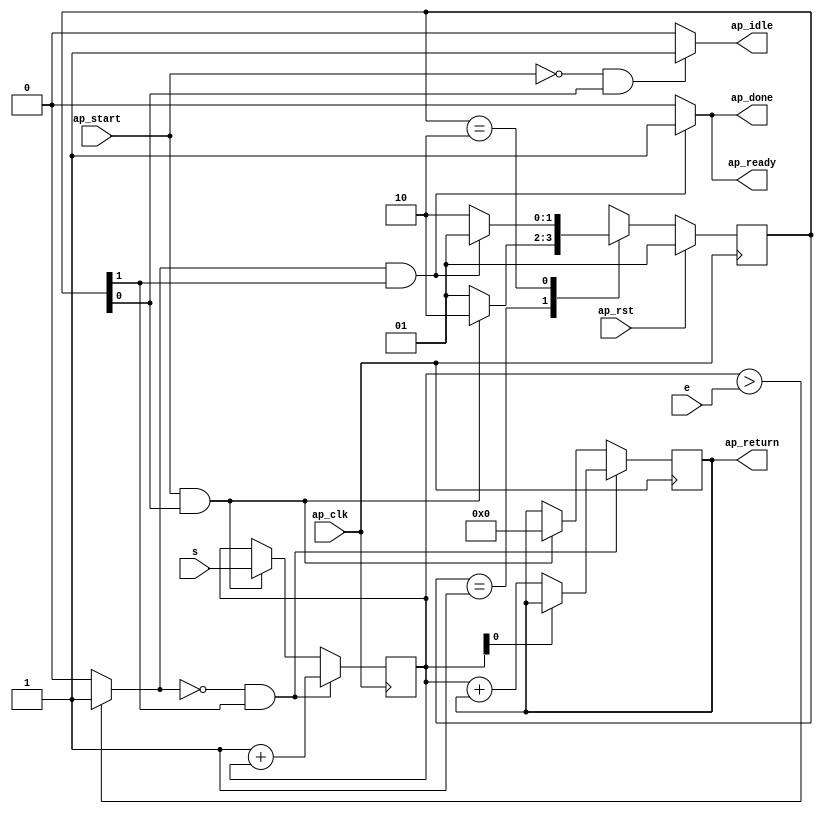
module even_odd (
        ap_clk,
        ap_rst,
        ap_start,
        ap_done,
        ap_idle,
        ap_ready,
        s,
        e,
        ap_return
);

parameter    ap_ST_fsm_state1 = 2'd1;
parameter    ap_ST_fsm_state2 = 2'd2;

input   ap_clk;
input   ap_rst;
input   ap_start;
output   ap_done;
output   ap_idle;
output   ap_ready;
input  [31:0] s;
input  [31:0] e;
output  [31:0] ap_return;

reg ap_done;
reg ap_idle;
reg ap_ready;

(* fsm_encoding = "none" *) reg   [1:0] ap_CS_fsm;
wire    ap_CS_fsm_state1;
wire   [31:0] evensum_1_fu_63_p3;
wire    ap_CS_fsm_state2;
wire   [0:0] tmp_fu_48_p2;
wire   [31:0] i_1_fu_71_p2;
reg   [31:0] i_reg_28;
reg   [31:0] evensum_reg_37;
wire   [0:0] tmp_1_fu_59_p1;
wire   [0:0] tmp_1_fu_59_p1_temp;
wire   [31:0] evensum_2_fu_53_p2;
reg   [1:0] ap_NS_fsm;

// power-on initialization
initial begin
#0 ap_CS_fsm = 2'd1;
end

always @ (posedge ap_clk) begin
    if (ap_rst == 1'b1) begin
        ap_CS_fsm <= ap_ST_fsm_state1;
    end else begin
        ap_CS_fsm <= ap_NS_fsm;
    end
end

always @ (posedge ap_clk) begin
    if (((tmp_fu_48_p2 == 1'd0) & (1'b1 == ap_CS_fsm_state2))) begin
        evensum_reg_37 <= evensum_1_fu_63_p3;
    end else if (((ap_start == 1'b1) & (1'b1 == ap_CS_fsm_state1))) begin
        evensum_reg_37 <= 32'd0;
    end
end

always @ (posedge ap_clk) begin
    if (((tmp_fu_48_p2 == 1'd0) & (1'b1 == ap_CS_fsm_state2))) begin
        i_reg_28 <= i_1_fu_71_p2;
    end else if (((ap_start == 1'b1) & (1'b1 == ap_CS_fsm_state1))) begin
        i_reg_28 <= s;
    end
end

always @ (*) begin
    if (((tmp_fu_48_p2 == 1'd1) & (1'b1 == ap_CS_fsm_state2))) begin
        ap_done = 1'b1;
    end else begin
        ap_done = 1'b0;
    end
end

always @ (*) begin
    if (((ap_start == 1'b0) & (1'b1 == ap_CS_fsm_state1))) begin
        ap_idle = 1'b1;
    end else begin
        ap_idle = 1'b0;
    end
end

always @ (*) begin
    if (((tmp_fu_48_p2 == 1'd1) & (1'b1 == ap_CS_fsm_state2))) begin
        ap_ready = 1'b1;
    end else begin
        ap_ready = 1'b0;
    end
end

always @ (*) begin
    case (ap_CS_fsm)
        ap_ST_fsm_state1 : begin
            if (((ap_start == 1'b1) & (1'b1 == ap_CS_fsm_state1))) begin
                ap_NS_fsm = ap_ST_fsm_state2;
            end else begin
                ap_NS_fsm = ap_ST_fsm_state1;
            end
        end
        ap_ST_fsm_state2 : begin
            if (((tmp_fu_48_p2 == 1'd1) & (1'b1 == ap_CS_fsm_state2))) begin
                ap_NS_fsm = ap_ST_fsm_state1;
            end else begin
                ap_NS_fsm = ap_ST_fsm_state2;
            end
        end
        default : begin
            ap_NS_fsm = 'bx;
        end
    endcase
end

assign ap_CS_fsm_state1 = ap_CS_fsm[32'd0];

assign ap_CS_fsm_state2 = ap_CS_fsm[32'd1];

assign ap_return = evensum_reg_37;

assign evensum_1_fu_63_p3 = ((tmp_1_fu_59_p1_temp) ? evensum_reg_37 : evensum_2_fu_53_p2);

assign tmp_1_fu_59_p1_temp = tmp_1_fu_59_p1 & 1'd1;

assign evensum_2_fu_53_p2 = (i_reg_28 + evensum_reg_37);

assign i_1_fu_71_p2 = (32'd1 + i_reg_28);

assign tmp_1_fu_59_p1 = i_reg_28 & 1'd1;

assign tmp_fu_48_p2 = (($signed(i_reg_28) > $signed(e)) ? 1'b1 : 1'b0);

endmodule